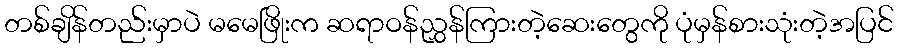
တစ်ချိန်တည်းမှာပဲ မမေဖြိုးက ဆရာဝန်ညွှန်ကြားတဲ့ဆေးတွေကို ပုံမှန်စားသုံးတဲ့အပြင်